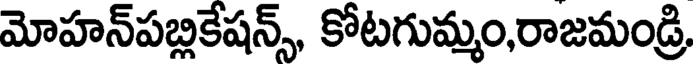
మోహన్పబ్లికేషన్స్, కోటగుమ్మం,రాజమండ్రి,